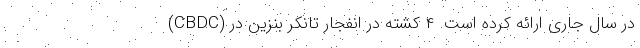
(CBDC) در سال جاری ارائه کرده است. ۴ کشته در انفجار تانکر بنزین در